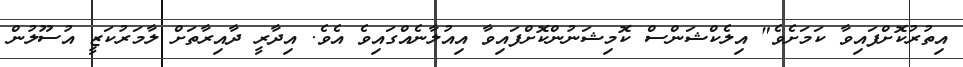
އިތުރުކޮށްފައިވާ ކަމަށެވެ" އިލެކްޝަންސް ކޮމިޝަނުންކޮށްފައިވާ އިއުލާނެއްގައިވެ އެވެ. އިދާރީ ދާއިރާތަށް ލާމަރުކަޒީ އުސޫލުން